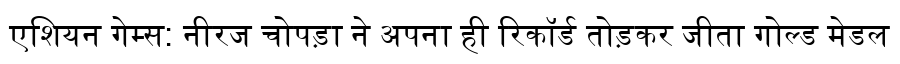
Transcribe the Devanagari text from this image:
एशियन गेम्स: नीरज चोपड़ा ने अपना ही रिकॉर्ड तोड़कर जीता गोल्ड मेडल